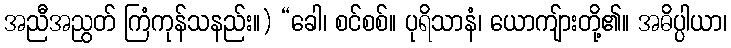
အညီအညွတ် ကြံကုန်သနည်း။) “ခေါ၊ စင်စစ်။ ပုရိသာနံ၊ ယောကျ်ားတို့၏။ အဓိပ္ပါယာ၊